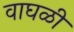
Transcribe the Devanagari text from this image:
वाघळी